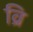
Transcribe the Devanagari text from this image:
व्रि